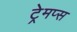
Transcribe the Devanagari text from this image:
ट्रेमप्स